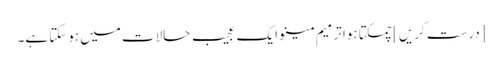
[درست کریں] چمکتا ہوا ترمیم مینو ایک عجیب حالات میں ہوسکتا ہے۔